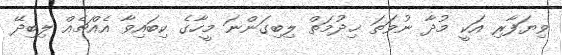
ވިޔަފާރި އަކީ މުދާ ނުވަތަ ޚިދުމަތް ލިބިގަންނަ މީހާގެ ކިބައިވާ އެއްޗެއް ލިބިދޭ